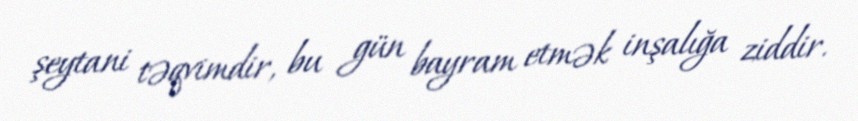
şeytani təqvimdir, bu gün bayram etmək inşalığa ziddir.